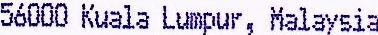
56000 KUALA LUMPUR, MALAYSIA